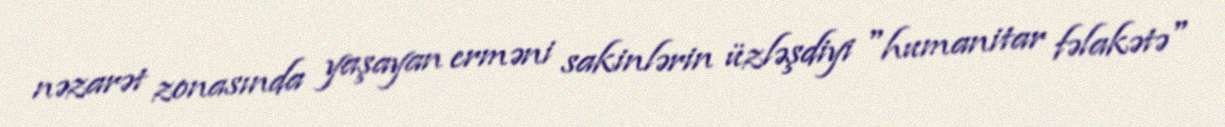
nəzarət zonasında yaşayan erməni sakinlərin üzləşdiyi "humanitar fəlakətə"